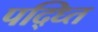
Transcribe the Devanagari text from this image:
पद्ध्‍ति